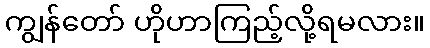
ကျွန်တော် ဟိုဟာကြည့်လို့ရမလား။